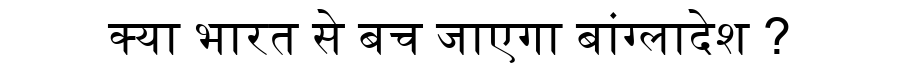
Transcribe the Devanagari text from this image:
क्या भारत से बच जाएगा बांग्लादेश ?